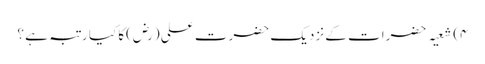
۴) شعیہ حضرات کے نزدیک حضرت علی (رض)کا کیا رتبہ ہے ؟